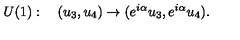
U ( 1 ) : \quad ( u _ { 3 } , u _ { 4 } ) \to ( e ^ { i \alpha } u _ { 3 } , e ^ { i \alpha } u _ { 4 } ) .